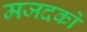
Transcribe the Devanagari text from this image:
मजदकों